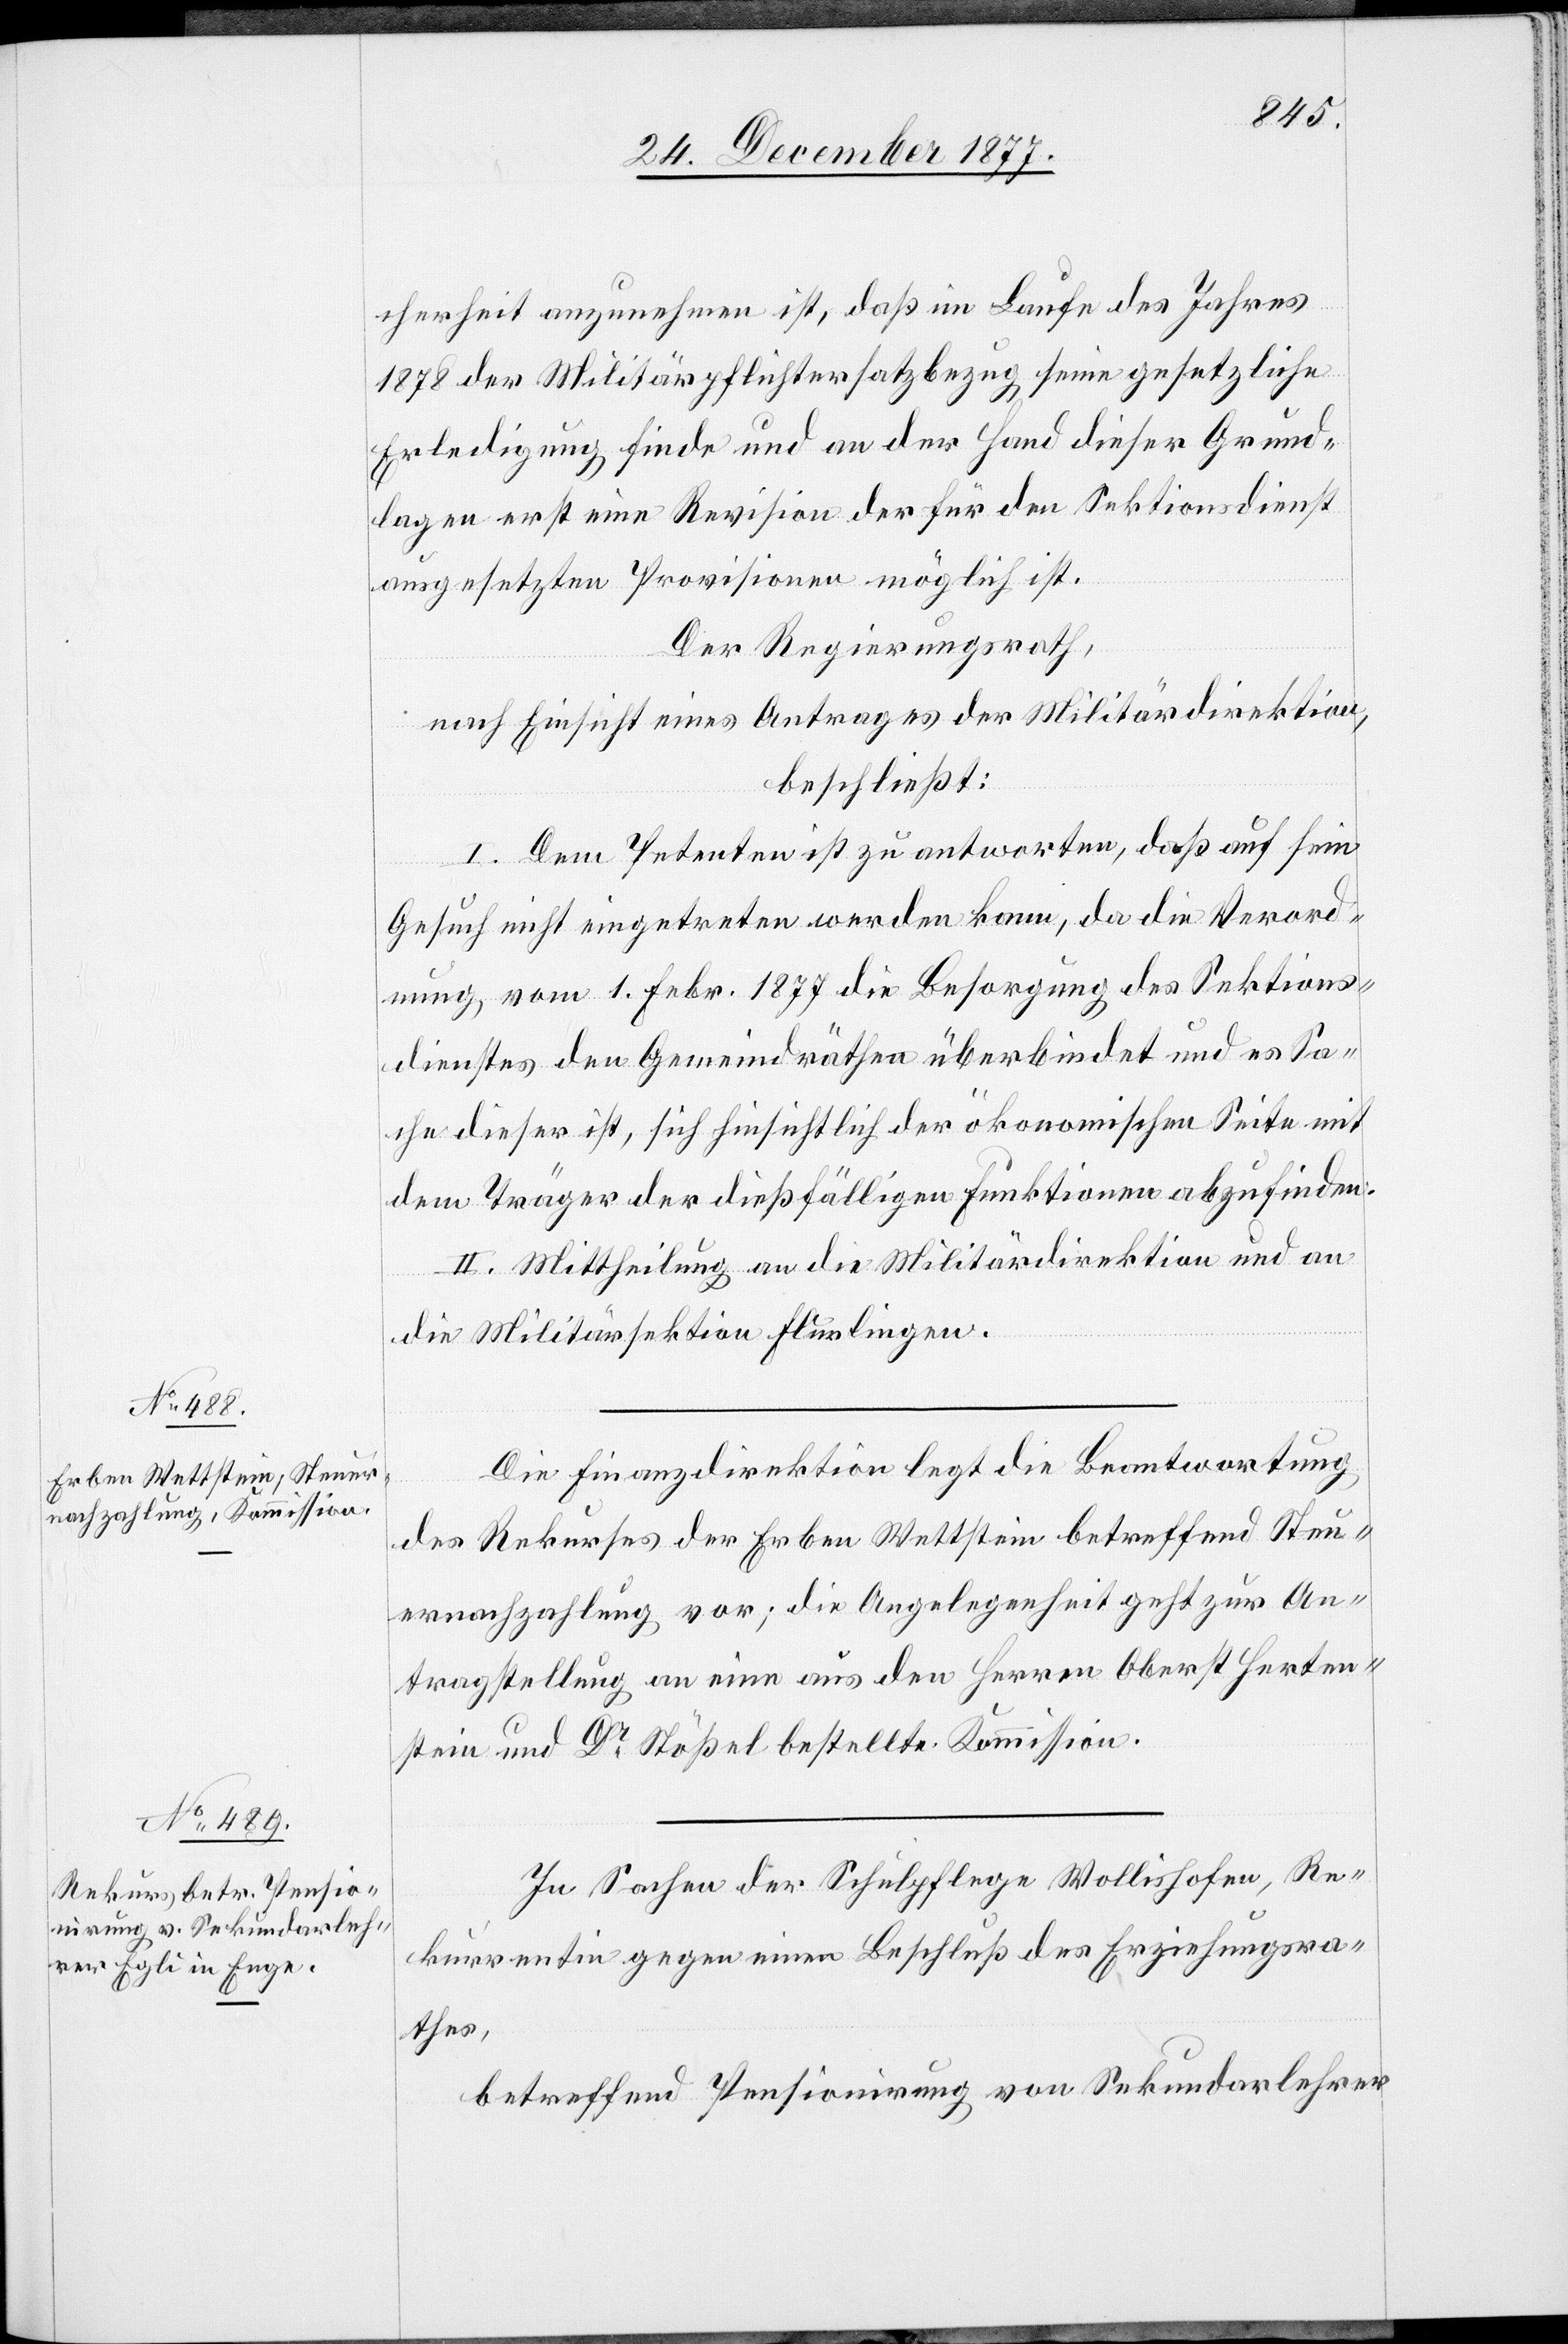
cherheit anzunehmen ist, daß im Laufe des Jahres
1878 der Militärpflichtersatzbezug seine gesetzliche
Erledigung finde und an der Hand dieser Grund¬
lagen erst eine Revision der für den Sektionsdienst
ausgesetzten Provisionen möglich ist.
Der Regierungsrath,
nach Einsicht eines Antrages der Militärdirektion,
beschließt:
I. Dem Petenten ist zu antworten, daß auf sein
Gesuch nicht eingetreten werden kann, da die Verord¬
nung vom 1. Febr. 1877 die Besorgung des Sektions¬
dienstes den Gemeindräthen überbindet und es Sa¬
che dieser ist, sich hinsichtlich der ökonomischen Seite mit
dem Träger der dießfälligen Funktionen abzufinden.
II. Mittheilung an die Militärdirektion und an
die Militärsektion Flurlingen.
Die Finanzdirektion legt die Beantwortung
des Rekurses der Erben Wettstein betreffend Steu¬
ernachzahlung vor; die Angelegenheit geht zur An¬
tragstellung an eine aus den Herren Oberst Herten¬
stein und Dr Stößel bestellte Kommission.